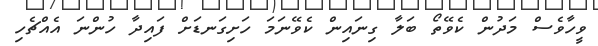
ވީހާވެސް މަދުން ކެވޭތޯ ބަލާ ގިނައިން ކެވޭނަމަ ހަށިގަނޑަށް ފައިދާ ހުންނަ އެއްޗެހި